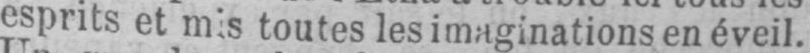
esprits et mis toutes les imaginations en éveil.